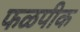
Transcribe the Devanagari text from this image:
फळपीक